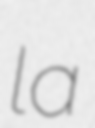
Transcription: la